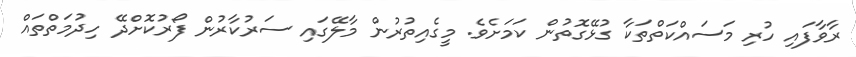
ރާވާފައި ހުރި މަސައްކަތްތަކާ ގުޅޭގޮތުން ކަމަށެވެ. މީގެއިތުރުން މާލޭގައި ސަރުކާރުން ފޯރުކޮށްދޭ ހިދުމަތްތައް